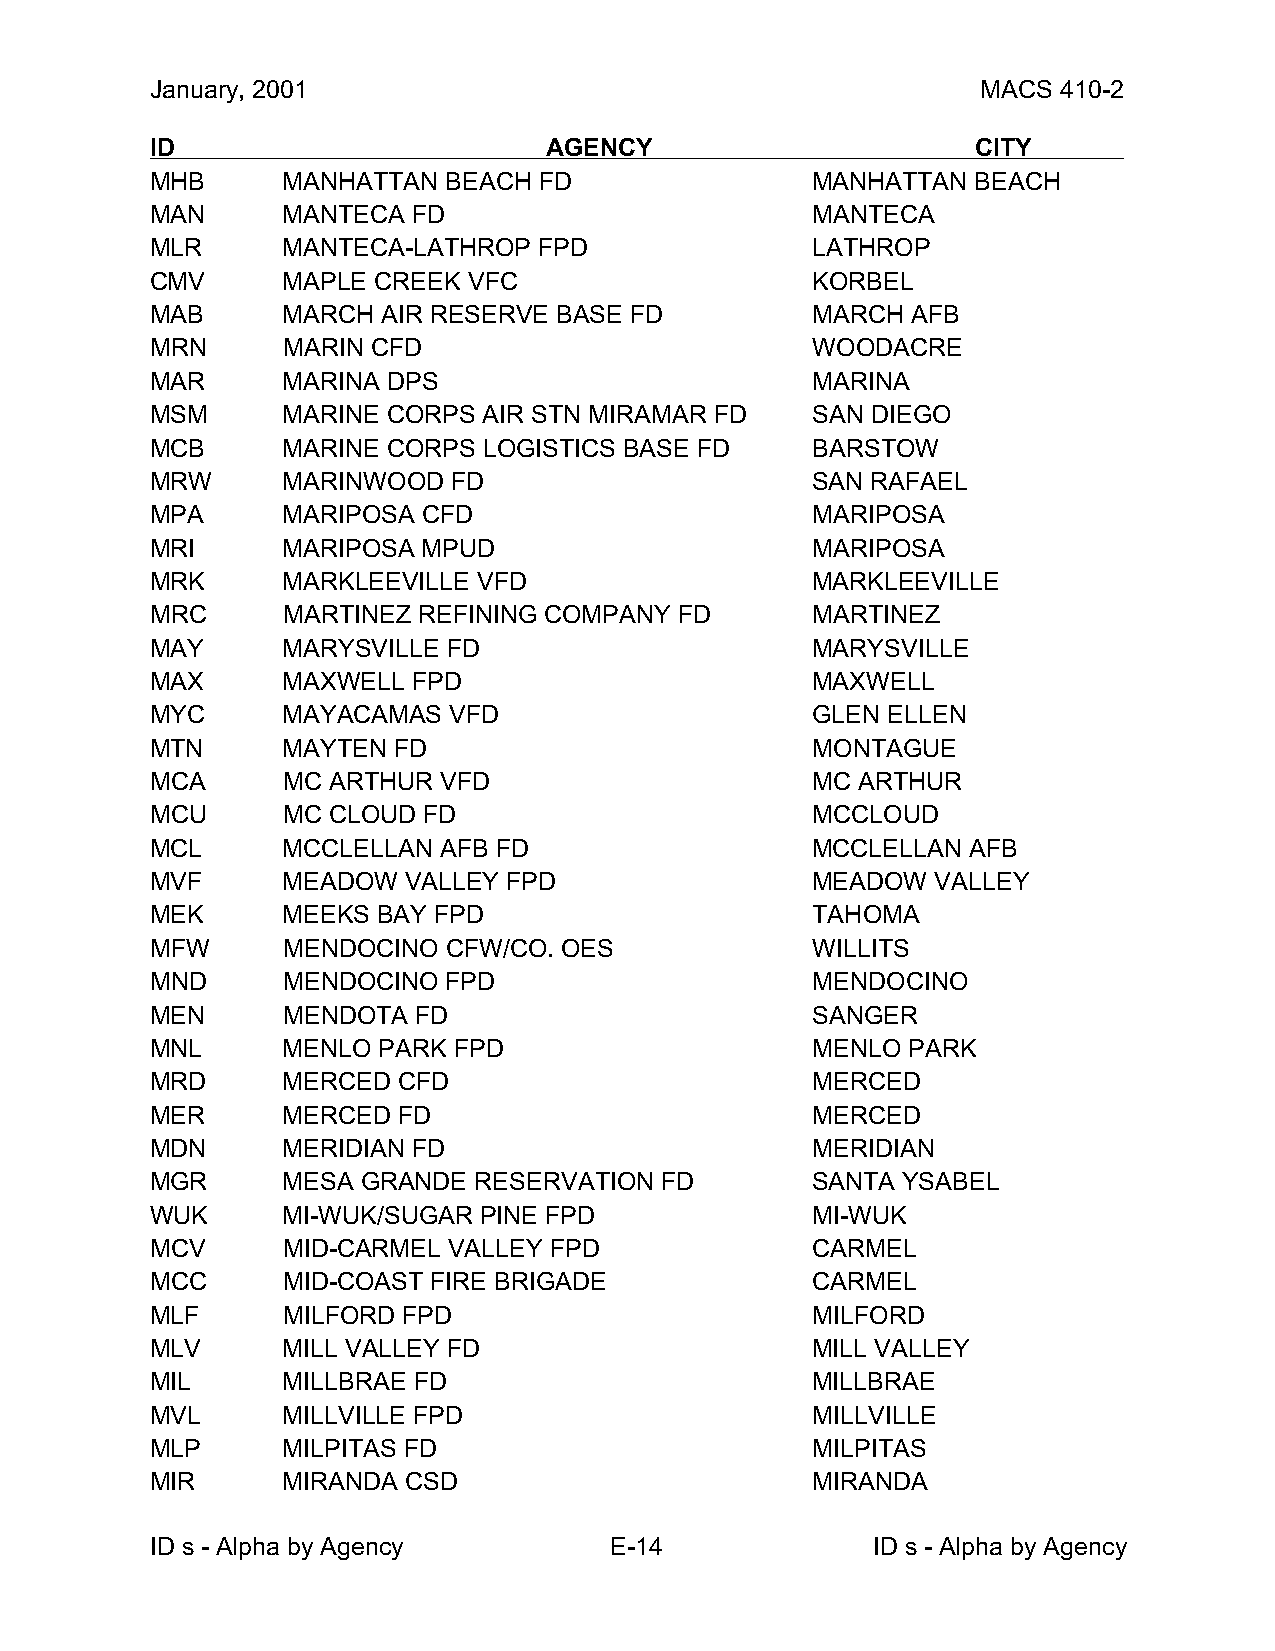
January, 2001                                          MACS 410-2
 ID                        AGENCY                       CITY
 MHB      MANHATTAN  BEACH FD                MANHATTAN  BEACH
 MAN      MANTECA FD                         MANTECA
 MLR      MANTECA-LATHROP  FPD               LATHROP
 CMV      MAPLE CREEK VFC                    KORBEL
 MAB      MARCH AIR RESERVE BASE FD          MARCH AFB
 MRN      MARIN CFD                          WOODACRE
 MAR      MARINA DPS                         MARINA
 MSM      MARINE CORPS AIR STN MIRAMAR FD    SAN DIEGO
 MCB      MARINE CORPS LOGISTICS BASE FD     BARSTOW
 MRW      MARINWOOD  FD                      SAN RAFAEL
 MPA      MARIPOSA CFD                       MARIPOSA
 MRI      MARIPOSA MPUD                      MARIPOSA
 MRK      MARKLEEVILLE VFD                   MARKLEEVILLE
 MRC      MARTINEZ REFINING COMPANY FD       MARTINEZ
 MAY      MARYSVILLE FD                      MARYSVILLE
 MAX      MAXWELL FPD                        MAXWELL
 MYC      MAYACAMAS  VFD                     GLEN ELLEN
 MTN      MAYTEN FD                          MONTAGUE
 MCA      MC ARTHUR VFD                      MC ARTHUR
 MCU      MC CLOUD FD                        MCCLOUD
 MCL      MCCLELLAN AFB FD                   MCCLELLAN AFB
 MVF      MEADOW  VALLEY FPD                 MEADOW  VALLEY
 MEK      MEEKS BAY FPD                      TAHOMA
 MFW      MENDOCINO  CFW/CO. OES             WILLITS
 MND      MENDOCINO  FPD                     MENDOCINO
 MEN      MENDOTA FD                         SANGER
 MNL      MENLO PARK FPD                     MENLO PARK
 MRD      MERCED CFD                         MERCED
 MER      MERCED FD                          MERCED
 MDN      MERIDIAN FD                        MERIDIAN
 MGR      MESA GRANDE RESERVATION  FD        SANTA YSABEL
 WUK      MI-WUK/SUGAR PINE FPD              MI-WUK
 MCV      MID-CARMEL VALLEY FPD              CARMEL
 MCC      MID-COAST FIRE BRIGADE             CARMEL
 MLF      MILFORD FPD                        MILFORD
 MLV      MILL VALLEY FD                     MILL VALLEY
 MIL      MILLBRAE FD                        MILLBRAE
 MVL      MILLVILLE FPD                      MILLVILLE
 MLP      MILPITAS FD                        MILPITAS
 MIR      MIRANDA CSD                        MIRANDA
 ID s - Alpha by Agency        E-14              ID s - Alpha by Agency